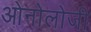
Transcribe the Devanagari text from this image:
ओनोलोजी